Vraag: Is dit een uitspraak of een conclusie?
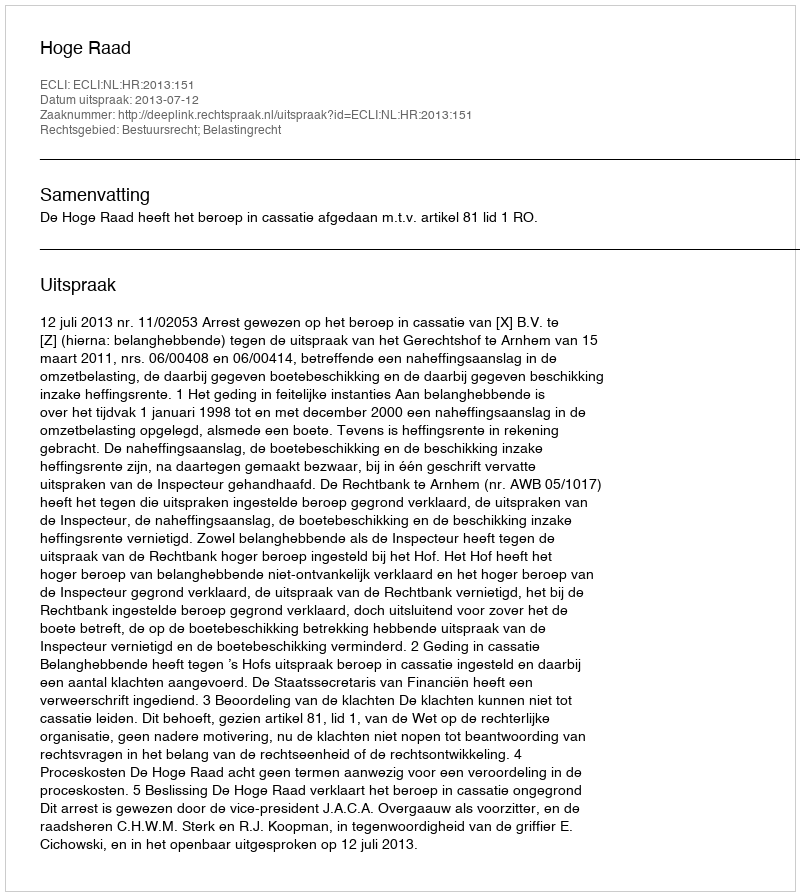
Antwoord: Uitspraak